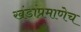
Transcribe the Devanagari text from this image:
खंडांप्रमाणेच